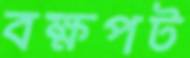
বক্ষপট